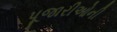
પૂજારીઓની